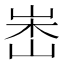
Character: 𡷼